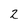
Character: 2